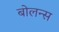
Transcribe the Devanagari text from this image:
बोलन्स